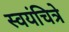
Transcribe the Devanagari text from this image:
स्वयंचित्रे